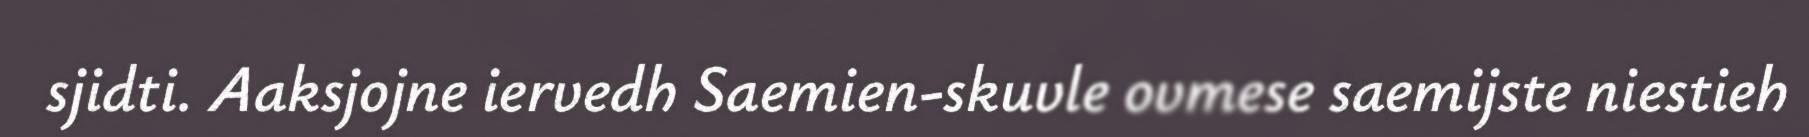
sjidti. Aaksjojne iervedh Saemien-skuvle ovmese saemijste niestieh